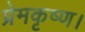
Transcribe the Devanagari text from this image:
प्रेमकृष्ण।